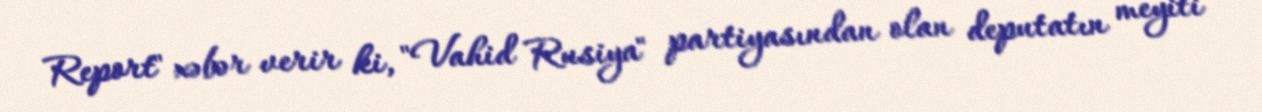
Report" xəbər verir ki, "Vahid Rusiya" partiyasından olan deputatın meyiti